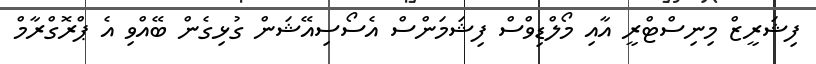
ފިޝަރީޒް މިނިސްޓްރީ އާއި މޯލްޑިވްސް ފިޝަމަންސް އެސޯސިއޭޝަން ގުޅިގެން ބޭއްވި އެ ޕްރޮގްރާމް